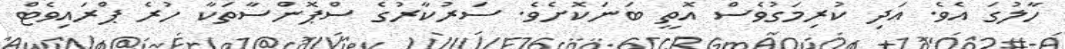
ހާލުގަ އެވެ. އަދި ކުރިމަގުވެސް އޮތީ ބަނަކޮށެވެ. ސަރުކާރުގެ ސްޕޮންސާތަކާ ހުރެ ޕްރައިވެޓް